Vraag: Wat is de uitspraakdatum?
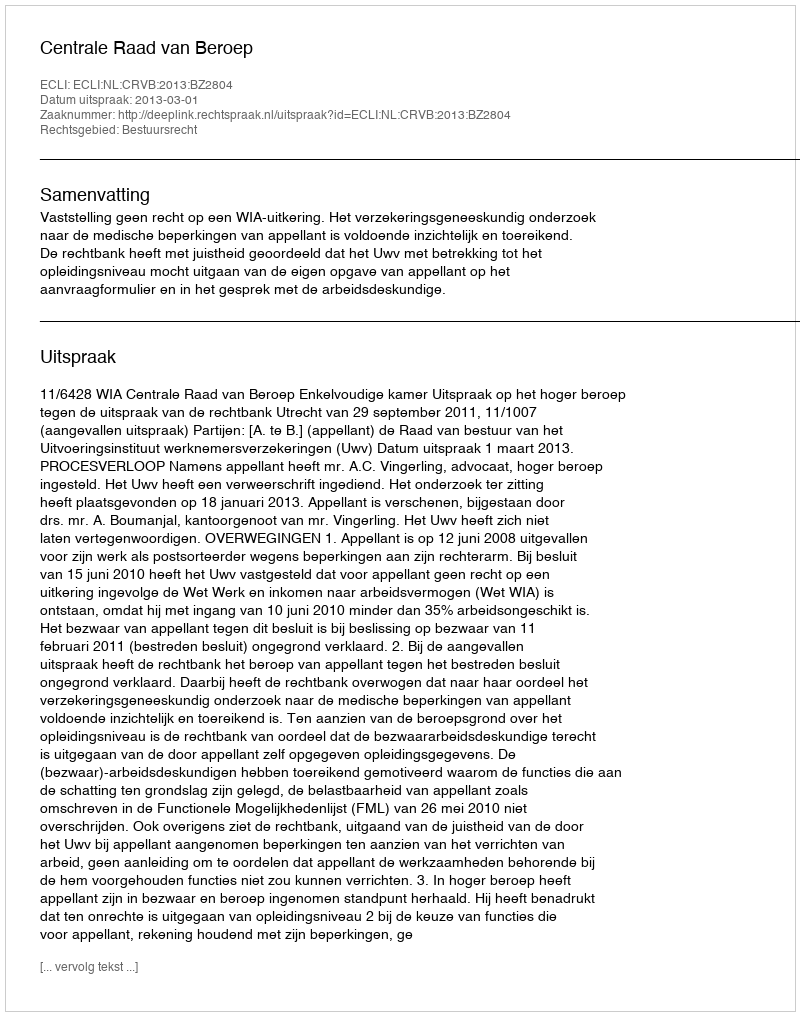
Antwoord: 2013-03-01